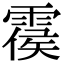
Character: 𩃺